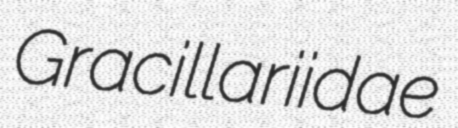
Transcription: Gracillariidae